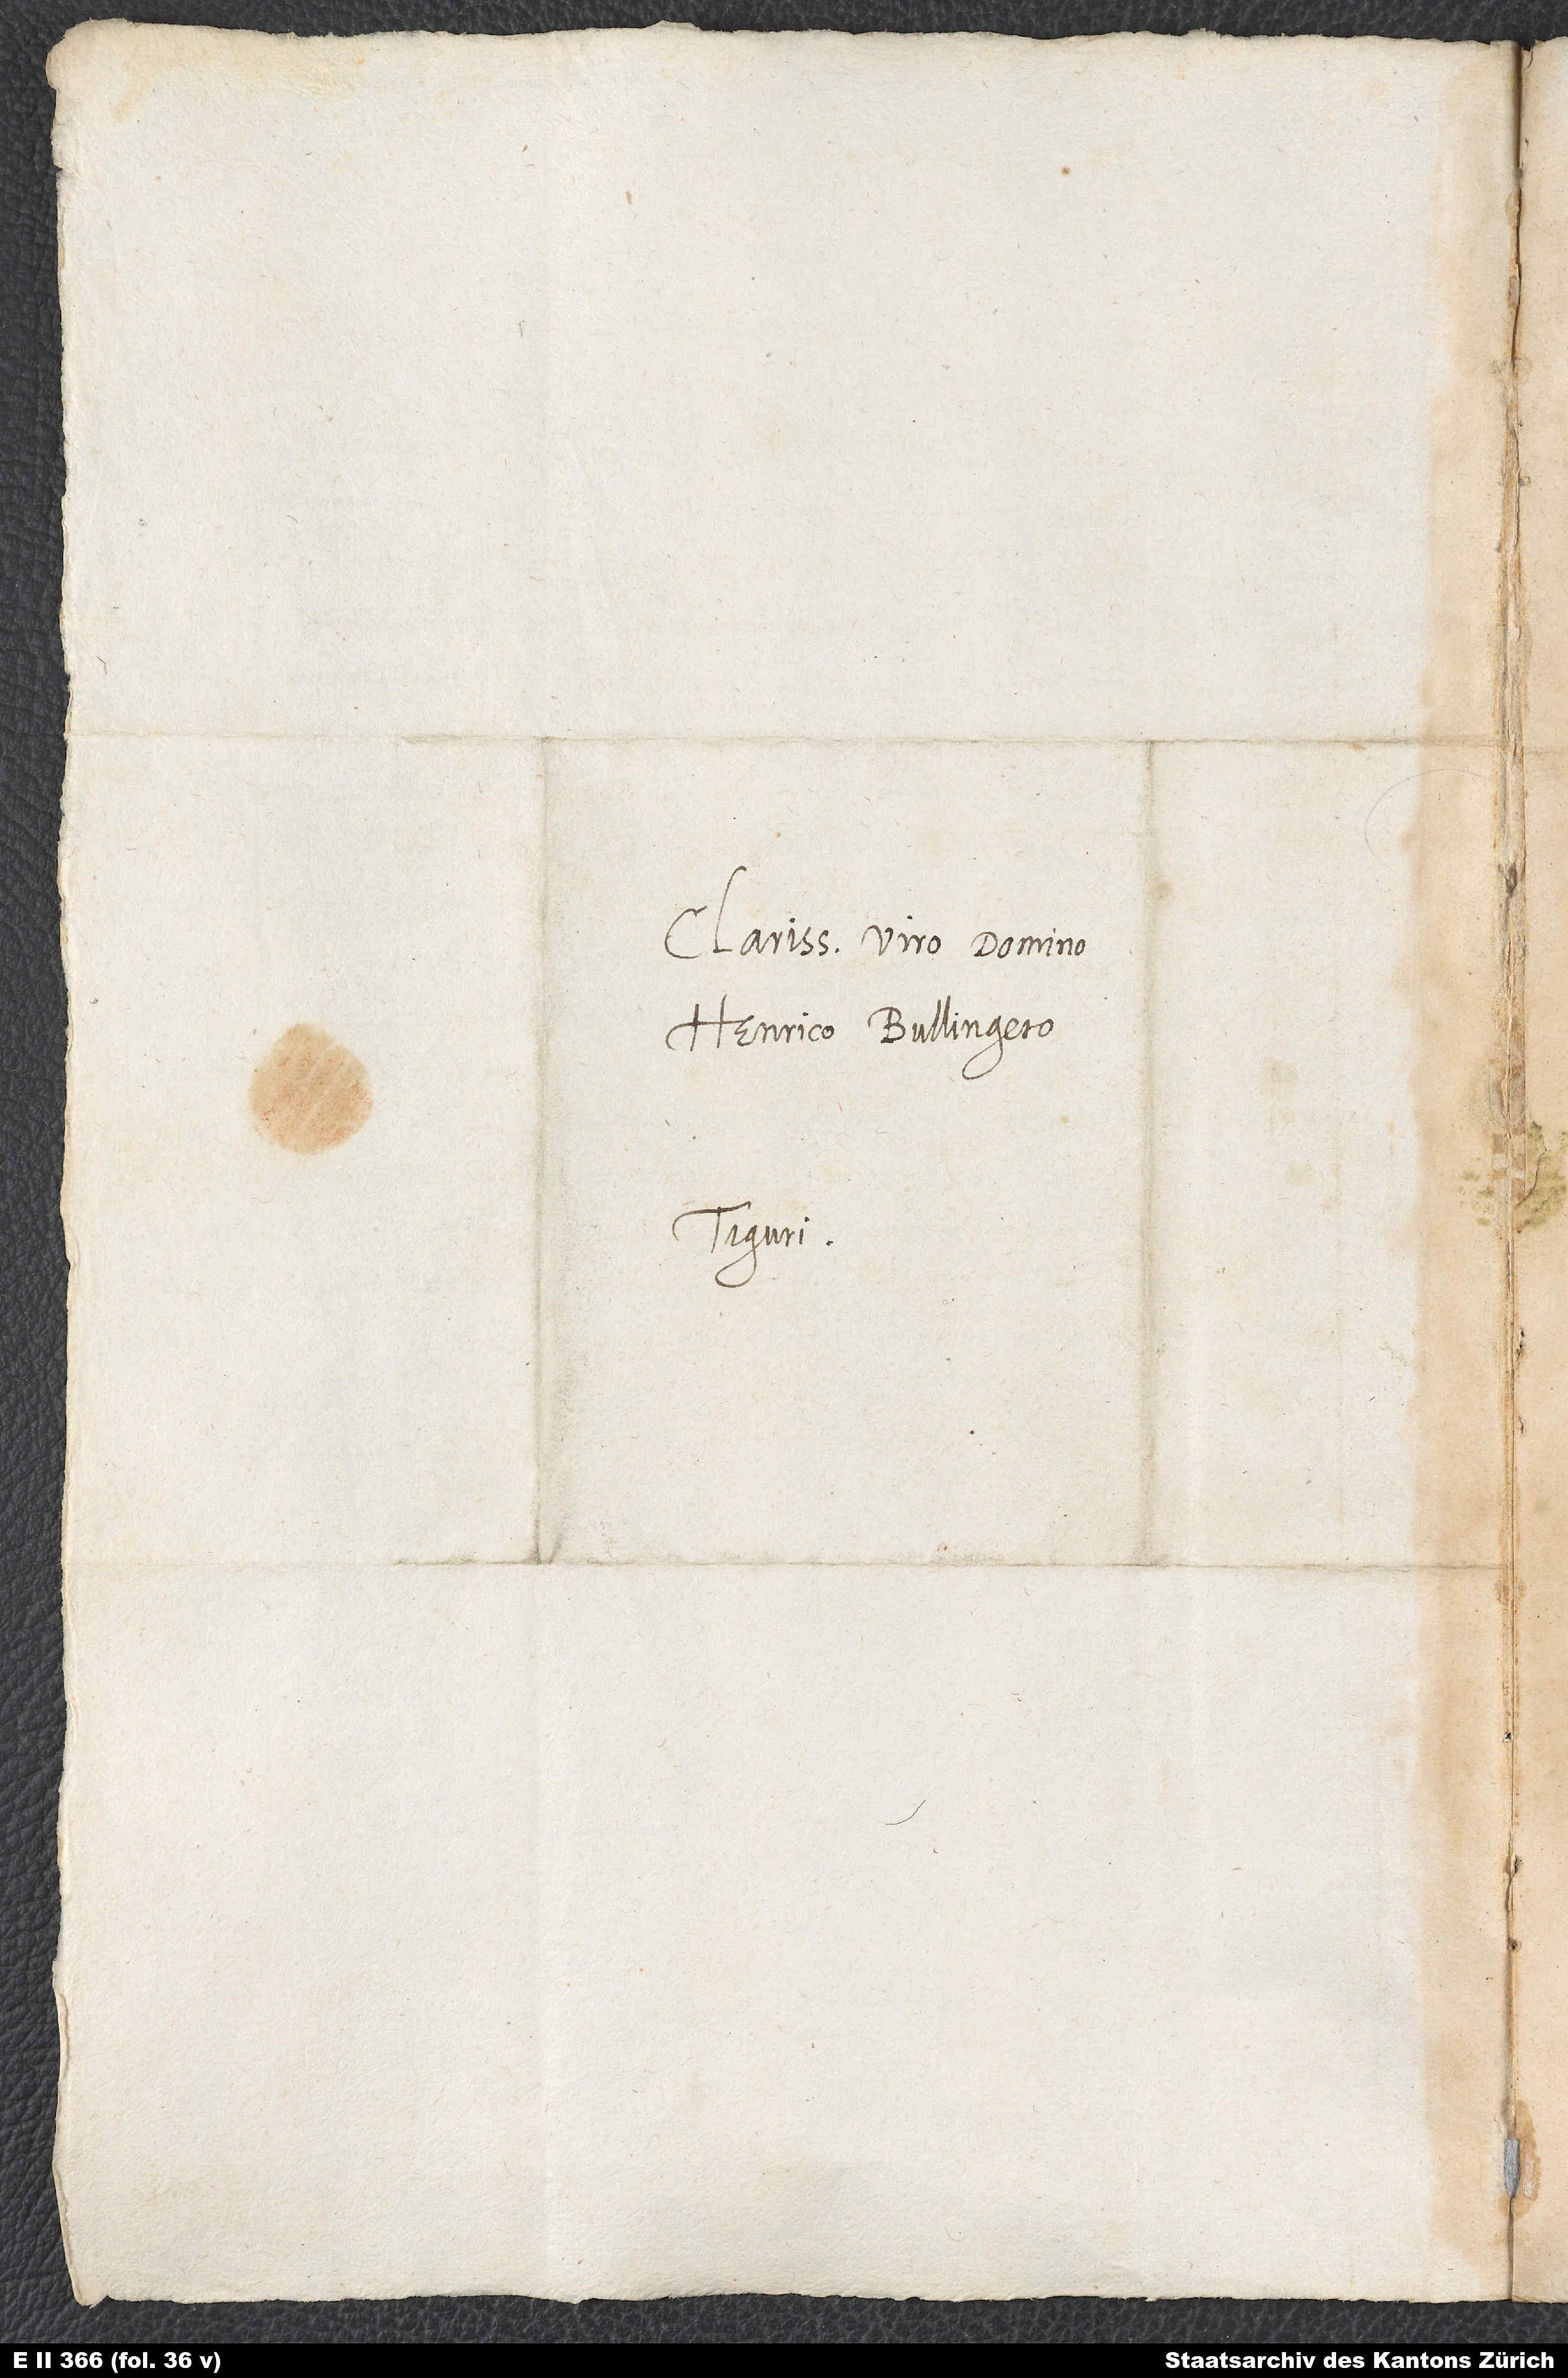
Clarissimo viro domino
Henrico Bullingero.
Tiguri.